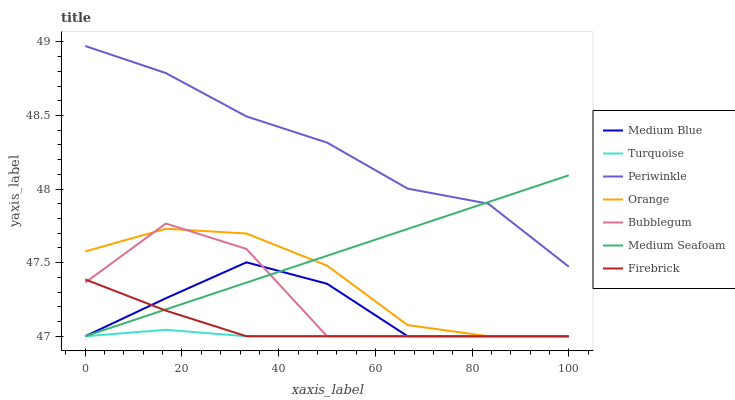
| xaxis_label | Medium Blue | Turquoise | Periwinkle | Orange | Bubblegum | Medium Seafoam | Firebrick |
 | --- | --- | --- | --- | --- | --- | --- | --- |
 | 0 | 47 | 47 | 49 | 47.6 | 47.4 | 47 | 47.4 |
 | 16.7 | 47.3 | 47 | 48.8 | 47.7 | 47.8 | 47.2 | 47.2 |
 | 33.3 | 47.5 | 47 | 48.5 | 47.7 | 47.6 | 47.4 | 47 |
 | 50 | 47.4 | 47 | 48.3 | 47.5 | 47 | 47.5 | 47 |
 | 66.7 | 47 | 47 | 48 | 47.1 | 47 | 47.7 | 47 |
 | 83.3 | 47 | 47 | 47.9 | 47 | 47 | 47.9 | 47 |
 | 100 | 47 | 47 | 47.5 | 47 | 47 | 48.1 | 47 |